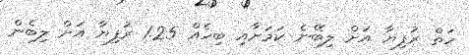
ހަތް ރުފިޔާ އަށް ލިބޭނެ ކަމަށާއި ބިހެއް 1.25 ރުފިޔާ އަށް ލިބެން